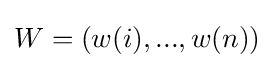
W=(w(i),...,w(n))